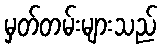
မှတ်တမ်းများသည်